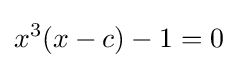
x^{3}(x-c)-1=0